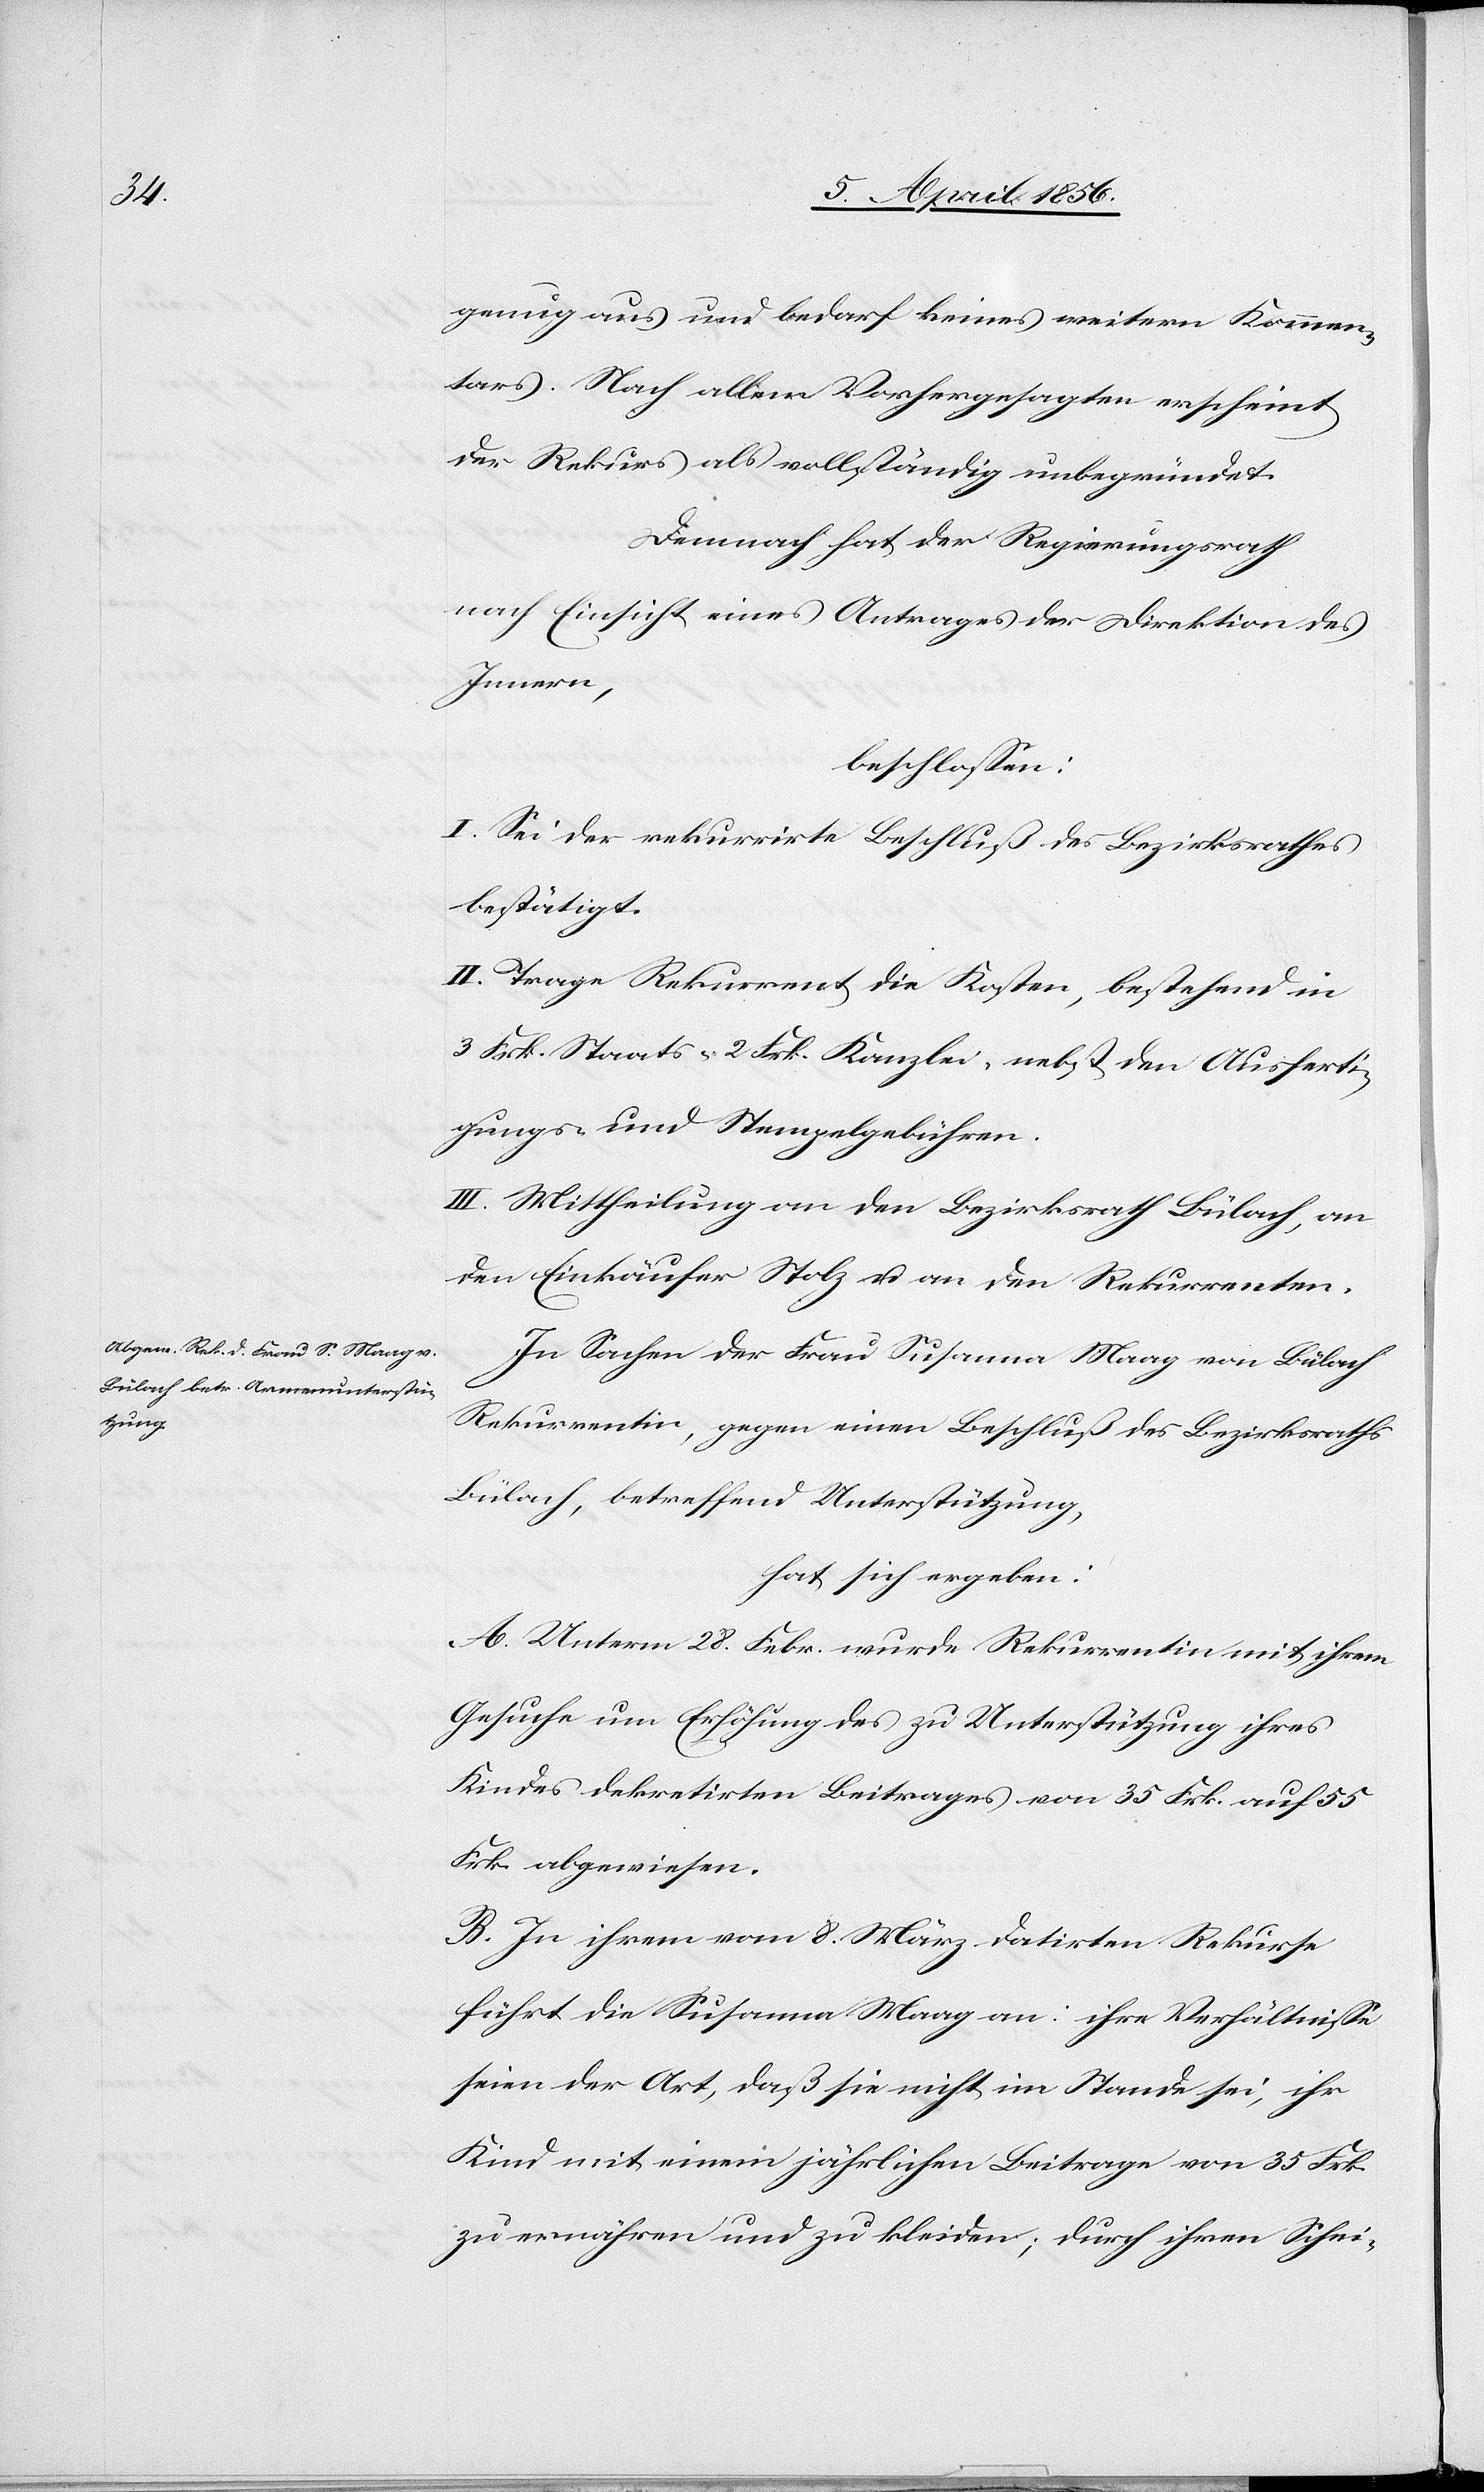
genug aus und bedarf keines weitern Kommen¬
tars. Nach allem Vorhergesagten erscheint
der Rekurs als vollständig unbegründet.
Demnach hat der Regierungsrath
nach Einsicht eines Antrages der Direktion des
Innern,
beschlossen:
I. Sei der rekurrirte Beschluß des Bezirksrathes
bestätigt.
II. Trage Rekurrent die Kosten, bestehend in
3 Frk. Staats-[,] 2 Frk. Kanzlei- nebst den Ausferti¬
gungs- und Stempelgebühren.
III. Mittheilung an den Bezirksrath Bülach, an
den Einkäufer Stolz u. an den Rekurrenten.
In Sachen der Frau Susanna Maag von Bülach
Rekurrentin, gegen einen Beschluß des Bezirksraths
Bülach, betreffend Unterstützung,
hat sich ergeben:
A. Unterm 28. Febr. wurde Rekurrentin mit ihrem
Gesuche um Erhöhung des zu Unterstützung ihres
Kindes dekretirten Beitrages von 35 Frk. auf 55
Frk. abgewiesen.
B. In ihrem vom 8. März datirten Rekurse
führ die Susanna Maag an: ihre Verhältnisse
seien der Art, das sie nicht im Stande sei, ihr
Kind mit einem jährlichen Beitrage von 35 Frk.
zu ernähren und zu kleiden; durch ihren Schei-